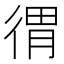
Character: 𢔥